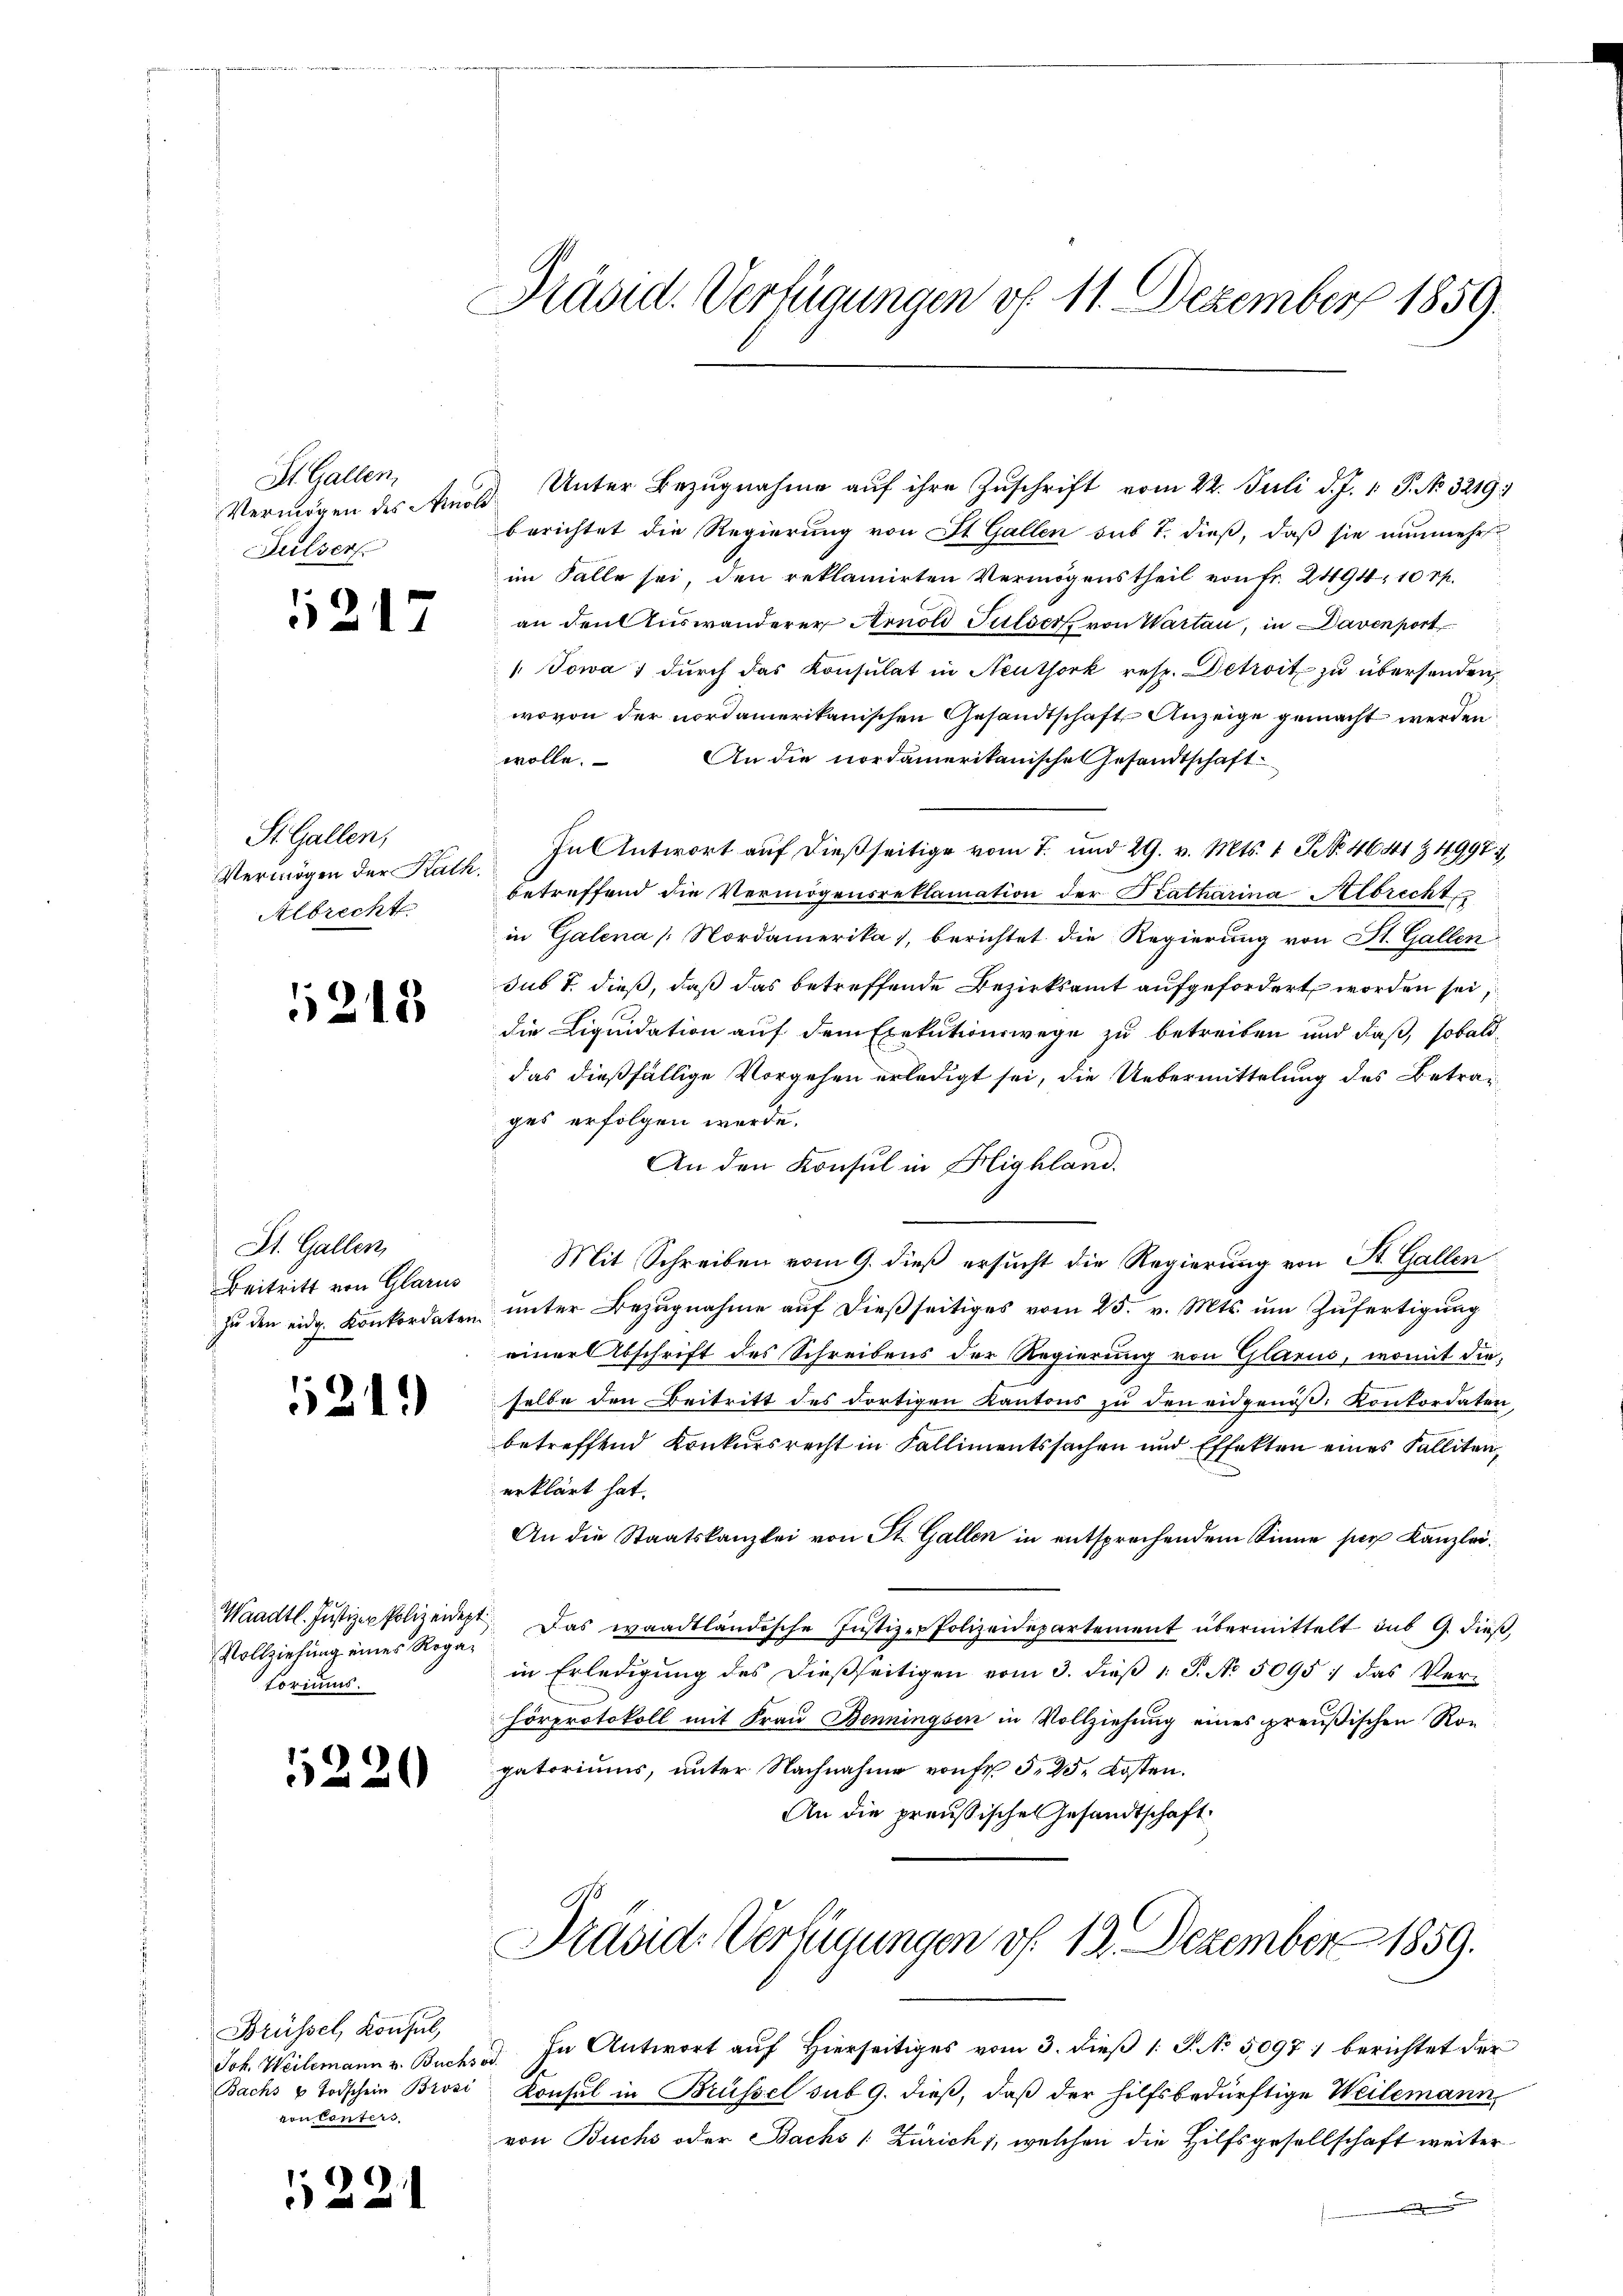
St. Gallen,
Vermögen des Ano
Sulsers

1217

St. Gallen,
Vermögen der Rath
Albrecht.

1215

St. Gallen,
Beitritt von Glarus
zu den eidg. Konkordaten

121.

Waadt. Justiz - Polizeiden
Vollziehung eines Rogatorius

5220

Brüssel, Konsul,
voncenters

122

Präsid. Verfügungen vf. 11. Dezember 1859.

berichtet die Regierung von St. Gallen sub 7. dieß, daß sie nunmehr
im Falle sei, den reklamirten Vermögenstheil von fr. 2494, 10 rp.
an den Auswanderer Arnold Sulsers von Warten, in Daven port
Towa 7 durch das Konsulat in Neuthork resp. Detroit zu übersenden,
wovon der nordamerikanischen Gesandtschaft Anzeige gemacht werden
wolle. An die nordamerikanisches Gesandtschaft-
In Antwort auf dießseitige vom 7. und 29. v. Mts. 1 S. 4641 Z 4998
betreffend die Vermögensreklamation der Katharina Albrecht
in Galena Nordamerika), berichtet die Regierung von St. Gallen
sub T. dieß, daß das betreffende Bezirksamt aufgefordert worden sei;
die Liquidation auf dem Exekutionswege zu betreiben und daß, sobald
das dießfällige Vorgehen erledigt sei, die Uebermittelung des Betragges erfolgen werde.
An den Konsul in Highland.
Mit Schreiben vom 9. dieß ersucht die Regierung von St. Gallen
ŭnter Bezugnahme aŭf dießseitiges vom 25. v. Mts. um Zufertigung
einer Abschrift des Schreibens der Regierung von Glarus, womit die
selbe den Beitritt des dortigen Kantons zu den eidgenöß. Konkordaten,
betreffend Konkursrecht in Fallimentssachen und Effekten eines Falliten,
erklärt hat.
An die Staatskanzlei von St. Gallen in entsprechendem Sinne per Kanzlei¬
 Das waadtländische Justiz-Polizeidepartement übermittelt aŭs G. dieβ,
in Erledigŭng des dieβseitigen vom 3. dieβ 1 S. No. 5095 : das Ver-
hörprotokoll mit Frau Benningsen in Vollziehung eines preußischen Ron
gatoriums, unter Nachnahme von Fr. 5, 25. Kosten.
An die preußische Gesandtschaft

Unter Bezugnahme auf ihre Zuschrift vom 22. Juli d. J. 1. P. No. 3219.

Präsid. Verfügungen vf. 12. Dezember 1859.

Joh. Weilemann v. Buchse. In Antwort auf Hierseitiges vom 3. dieß 1 S. No 50971 berichtet der
Bachs u Todschein Brosi Konsul in Brüssel sub 9. dieß, daß der hilfsbedürftige Weilemann,
von Buchs oder Bachs [Zürich, welchen die Hilfsgesellschaft weiter